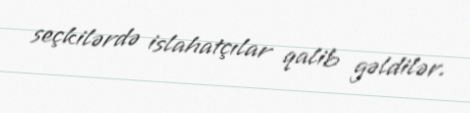
seçkilərdə islahatçılar qalib gəldilər.